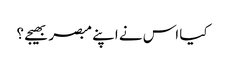
کیا اس نے اپنے مبصر بھیجے ؟